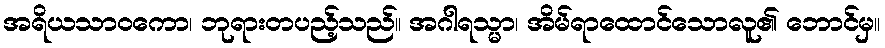
အရိယသာဝကော၊ ဘုရားတပည့်သည်။ အဂါရသ္မာ၊ အိမ်ရာထောင်သောလူ၏ ဘောင်မှ။